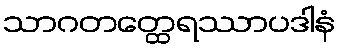
သာဂတတ္ထေရဿာပဒါနံ